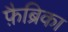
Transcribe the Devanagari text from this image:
फ़ैब्रिका